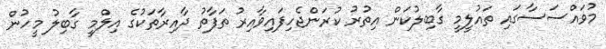
މުވައްސަސާގައި ތައުލީމީ ގާބިލުކަން އިތުރު ކުރަންޖެހިފައިވާއިރު ތަފާތު ދާއިރާތަކުގެ އިލްމީ ގާބިލު މީހުން